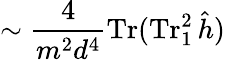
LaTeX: \sim\frac{4}{m^{2}d^{4}}\operatorname{Tr}(\operatorname{Tr}_{1}^{2}\hat{h})